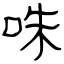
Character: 咮